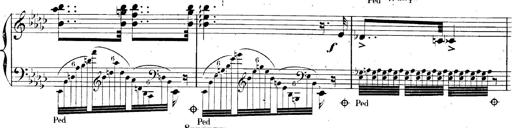
Title: AnnÃ©es de pÃ¨lerinage II, SupplÃ©ment
Composer: Franz Liszt